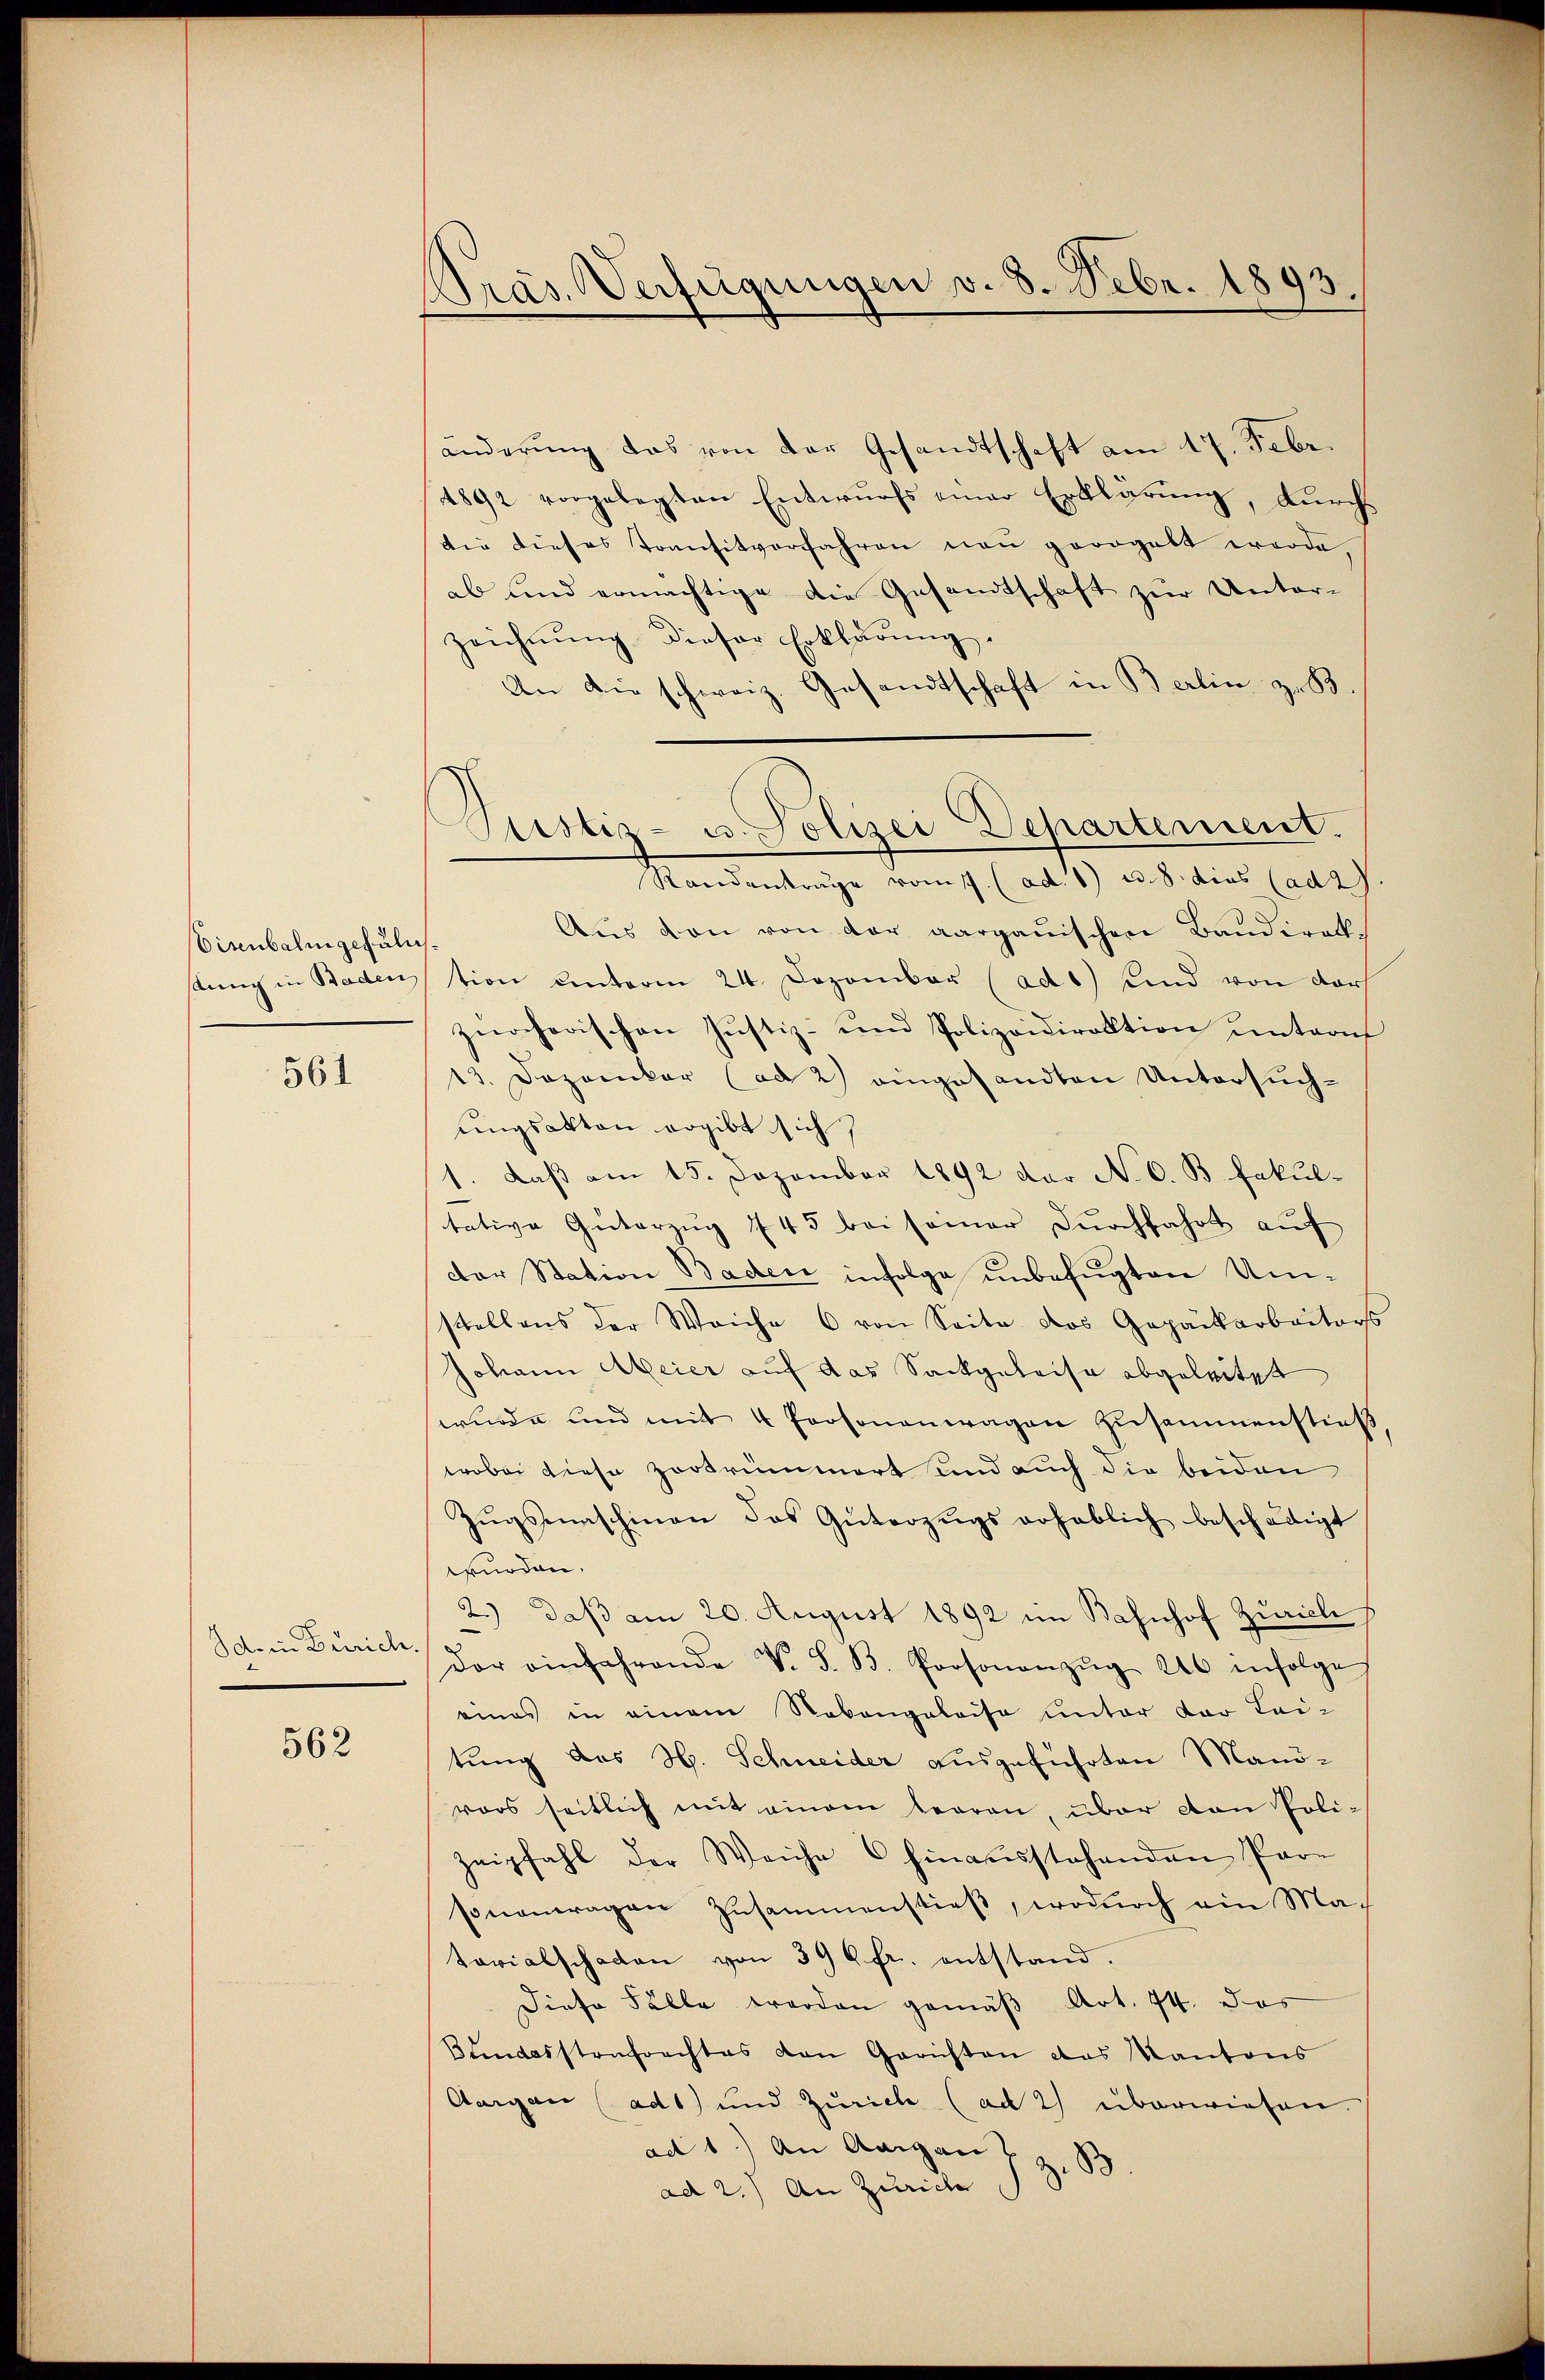
Eisenbahn gefälls¬

561

Id. in Zürich.

562

Kräs. Verfügungen v. 8. Febr. 1893.

änderung das von der Gesandtschaft am 17. Febr.
4892 vorgelegten Entwurfs einer Erklärung, durchdie dieses Tomsitverfahren neu georgelt werde.
ab und ermächtige die Gesandtschaft zur Unterzeichnung dieser Erklärung.
An die schweiz. Gesandtschaft in Berlin zu B.
Randantrage vom 17. (ad. 8) u. 8. dies (ad 2.
Aus den von der aargauischen Baudirekstung in Badention unterm 24. Dezember (adt) sind von der
zürcherischen Justiz- und Polizeidirektion untern
13. Dezember (ad 2) eingesandten Untersuchungsakten ergibt sich
1. Daß am 15. Dezember 1892 der No 6. B. Fakultative Güterzŭg 745 bei seiner Dŭrchfahrt auf
der Station Baden infolge unbefugten Umstellens der Weiche 6 von Seite das Gepäckarbeiters
Johann Meier auf das Sackgeleise abgeleitet
wŭrde und mit 4 Personenwagen zusammenstieß
wobei diese zertrümmert und auch die beiden
Zŭgsmaschinen das Güterzŭgs erheblich beschädigt
wurden.
2.) daß am 20. August 1892 im Bahnhof Zürich s
/
der einfahrende V. S. B. Personanzŭg 246 infolge
eines in einem Rabengeleise unter der Lei-
tung des H. Schneider ausgeführten Manövors seitlich mit einem leeren, über von Polizeipfahl der Weiche hinaŭsstehenden Par-
sonantragen Zusammenstieß, wodŭrch ein Matavialschaden von 39 6 fr. entstand.
Diese Fälle werden gemäß Art. 74. das
Bundesstrafrechtes den Gerichten das Kantons
Aargau (ad1) und Zürich (ad 2) überwiesen.
ad 1.) An Aargau
83.
ad 2.) An Zürich

Justiz- u. Polizei Departement.